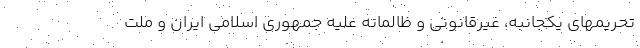
تحریمهای یکجانبه، غیرقانونی و ظالمانه علیه جمهوری اسلامی ایران و ملت